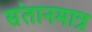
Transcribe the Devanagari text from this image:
संतानमात्र